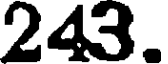
243.